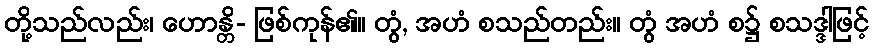
တို့သည်လည်း၊ ဟောန္တိ- ဖြစ်ကုန်၏။ တွံ, အဟံ စသည်တည်း။ တွံ အဟံ စ၌ စသဒ္ဒါဖြင့်